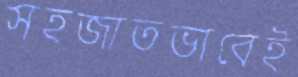
সহজাতভাবেই